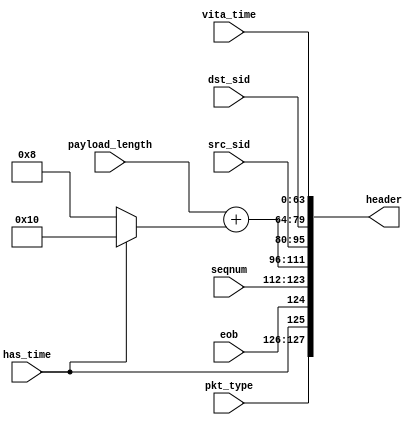
//
// Copyright 2016 Ettus Research
// Copyright 2018 Ettus Research, a National Instruments Company
//
// SPDX-License-Identifier: LGPL-3.0-or-later
//
// Encodes CVITA packet header fields into a header word

module cvita_hdr_encoder (
  input [1:0] pkt_type, input eob, input has_time,
  input [11:0] seqnum,
  input [15:0] payload_length,
  input [15:0] src_sid, input [15:0] dst_sid,
  input [63:0] vita_time,
  output [127:0] header
);

  assign header = {pkt_type, has_time, eob, seqnum,
                   payload_length + (has_time ? 16'd16 : 16'd8),
                   src_sid, dst_sid, vita_time};

endmodule